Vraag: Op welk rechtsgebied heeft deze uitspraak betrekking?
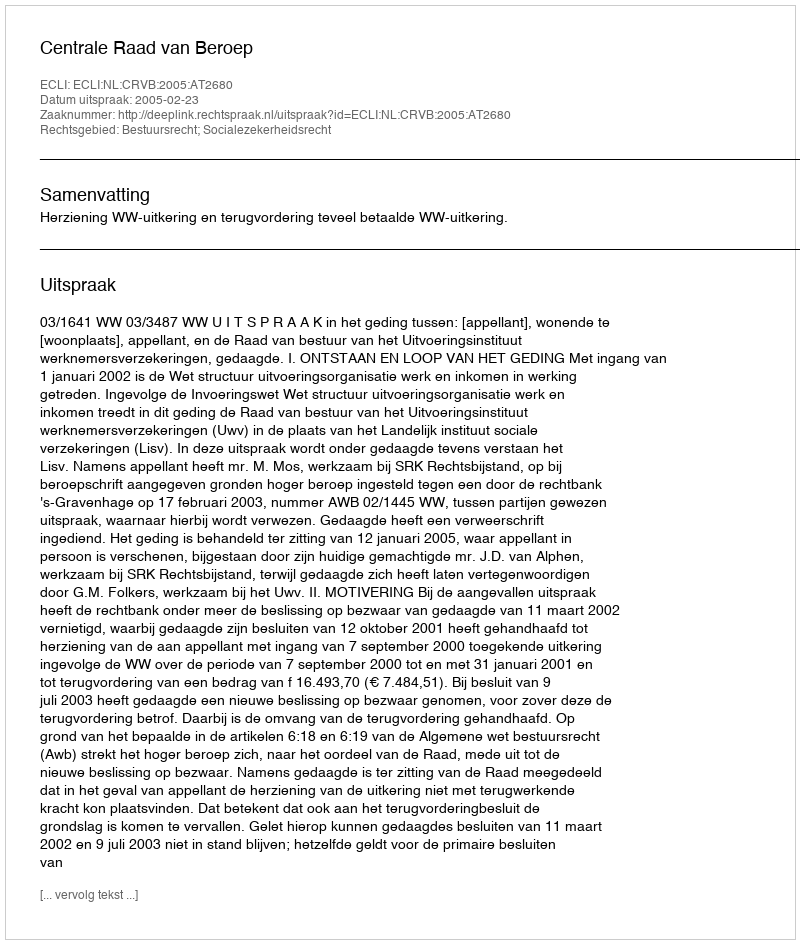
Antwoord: Bestuursrecht; Socialezekerheidsrecht